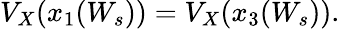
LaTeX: V_{X}(x_{1}(W_{s}))=V_{X}(x_{3}(W_{s})).